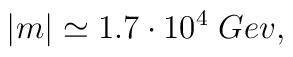
|m|\simeq 1.7 \cdot 10^4 \;  Gev,